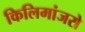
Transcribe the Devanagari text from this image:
किलिमांजरो